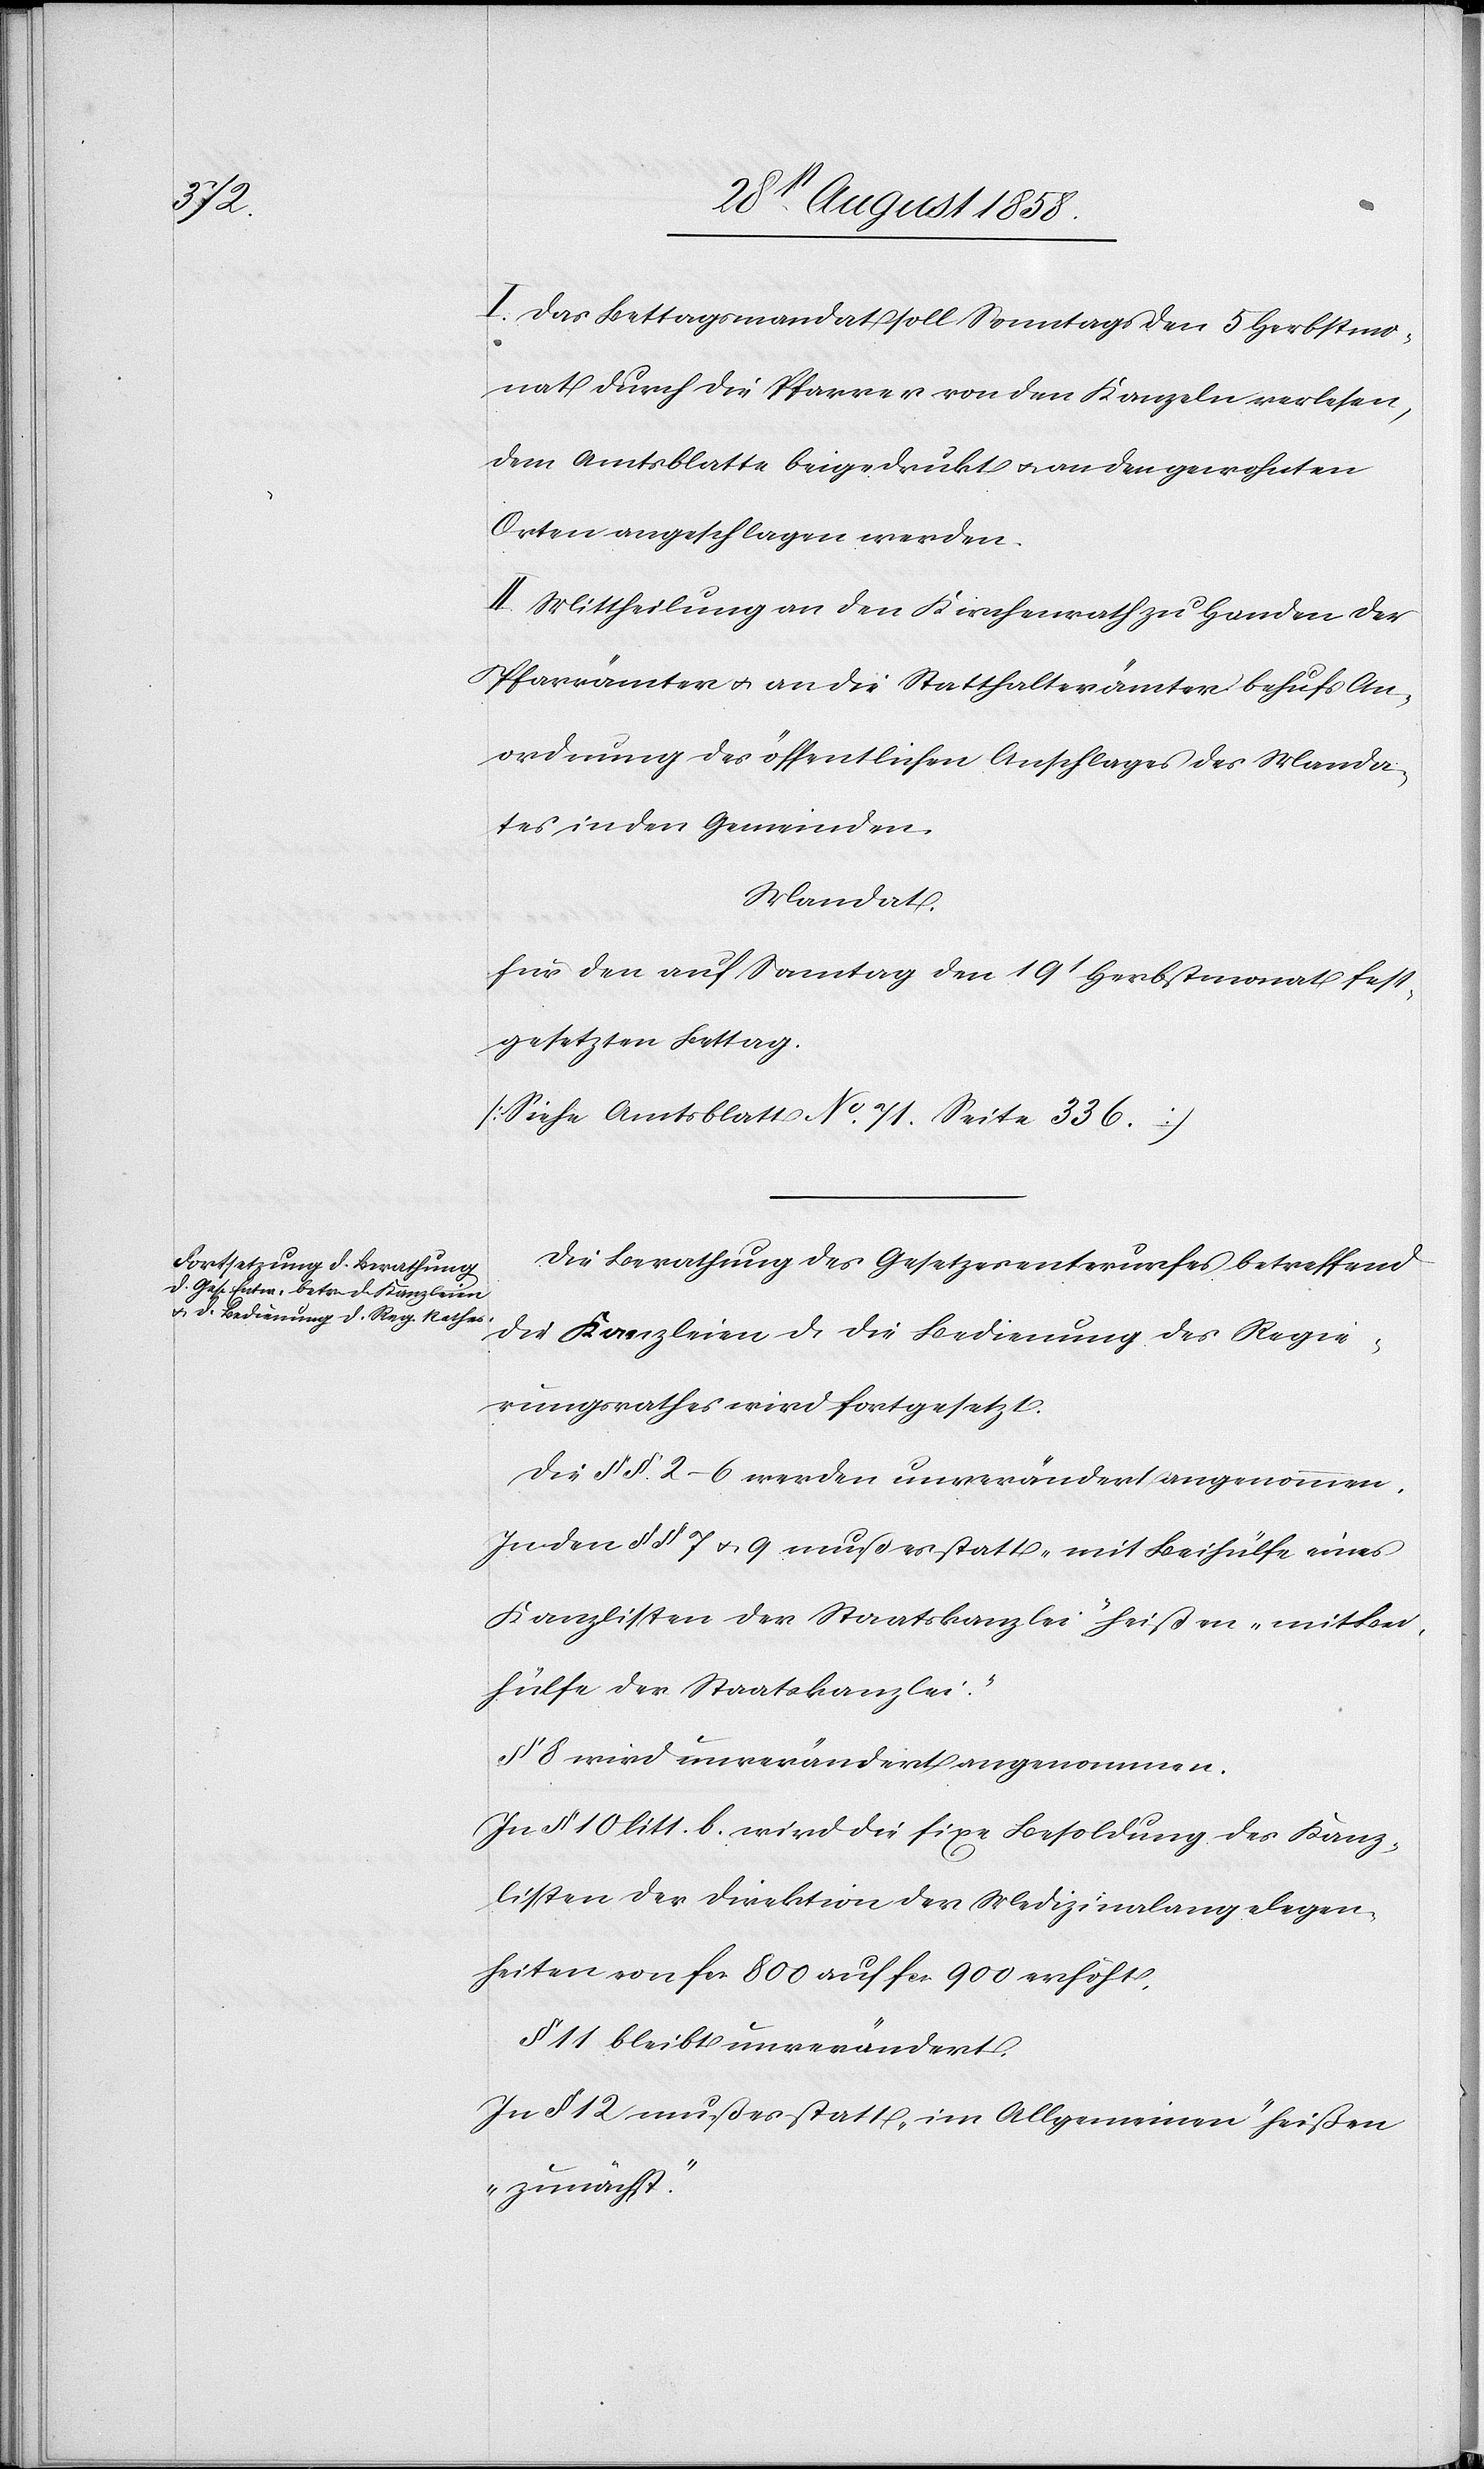
I. Das Bettagsmandat soll Sonntags den 5 Herbstmo¬
nat durch die Pfarrer von den Kanzeln verlesen,
dem Amtsblatte beigedrukt & an den gewohnten
Orten angeschlagen werden.
II. Mittheilung an den Kirchenrath zu Handen der
Pfarrämter & an die Statthalterämter behufs An¬
ordnung des öffentlichen Anschlages des Manda¬
tes in den Gemeinden.
Mandat.
für den auf Sonntag den 19t Herbstmonat fest¬
gesetzten Bettag.
(Siehe Amtsblatt No. 71. Seite 336.)
Die Berathung des Gesetzesentwurfes betreffend
die Kanzleien & die Bedienung des Regie¬
rungsrathes wird fortgesetzt.
Die §§. 2–6 werden unverändert angenommen.
In den §§ 7 & 9 muß es statt „mit Beihülfe eines
Kanzlisten der Staatskanzlei“ heißen „mit Bei¬
hülfe der Staatskanzlei“.
§ 8 wird unverändert angenommen.
In § 10 litt. b. wird die fixe Besoldung des Kanz¬
listen der Direktion der Medizinalangelegen¬
heiten von fcs. 800 auf fcs. 900 erhöht.
§ 11 bleibt unverändert.
In § 12 muß es statt „im Allgemeinen“ heißen
„zunächst“.